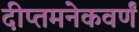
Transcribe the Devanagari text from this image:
दीप्तमनेकवर्णं